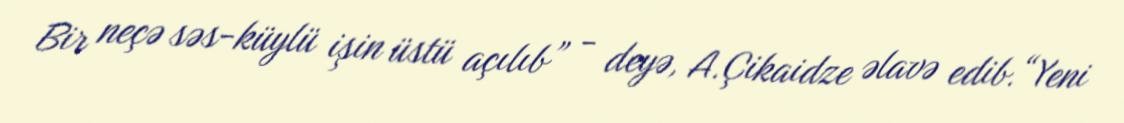
Bir neçə səs-küylü işin üstü açılıb” - deyə, A.Çikaidze əlavə edib.“Yeni